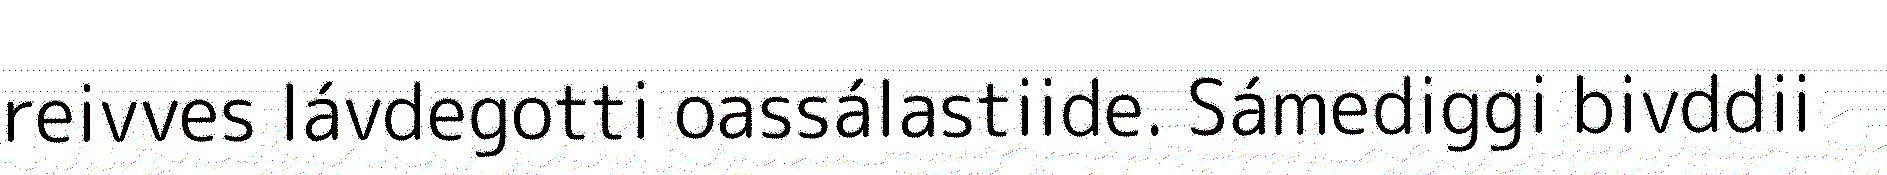
reivves lávdegotti oassálastiide. Sámediggi bivddii